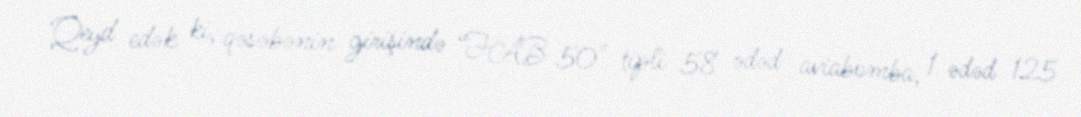
Qeyd edək ki, qəsəbənin girişində “FAB 50" tipli 58 ədəd aviabomba, 1 ədəd 125